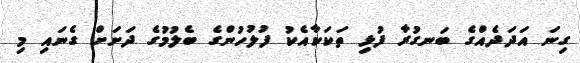
ގިނަ އަދަދެއްގެ ބަނގުރާ ފުޅި ތަކަކާއެކު ފުލުހުންގެ ބެލުމުގެ ދަށަށް ގެނައި މި